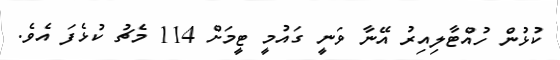
ކުޅުން ހުއްޓާލިއިރު އޭނާ ވަނީ ގައުމީ ޓީމަށް 114 މެޗު ކުޅެފަ އެވެ.